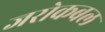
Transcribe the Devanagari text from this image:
जरोकबल